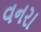
વનરા